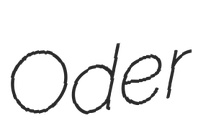
Oder